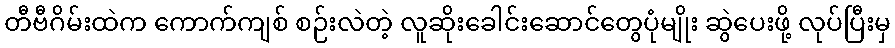
တီဗီဂိမ်းထဲက ကောက်ကျစ် စဉ်းလဲတဲ့ လူဆိုးခေါင်းဆောင်တွေပုံမျိုး ဆွဲပေးဖို့ လုပ်ပြီးမှ